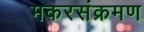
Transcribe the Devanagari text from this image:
मकरसंक्रमण